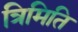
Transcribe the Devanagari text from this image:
त्रिमिति